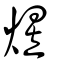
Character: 煜